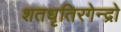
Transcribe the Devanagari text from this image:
शतधृतिरगेन्द्रो